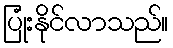
ပြုံးနိုင်လာသည်။